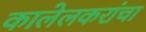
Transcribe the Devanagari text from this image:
कालेलकरांचा